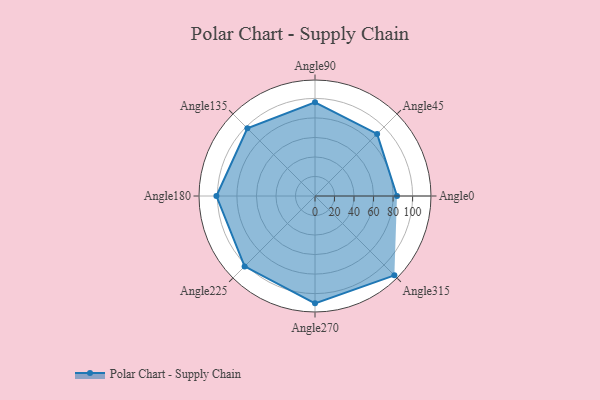
{"axis": {"x": "Angle", "y": "Radius"}, "legend": [""], "data": [{"x": "Angle0", "y": 84.0, "type": ""}, {"x": "Angle45", "y": 90.0, "type": ""}, {"x": "Angle90", "y": 96.0, "type": ""}, {"x": "Angle135", "y": 98.0, "type": ""}, {"x": "Angle180", "y": 101.0, "type": ""}, {"x": "Angle225", "y": 102.0, "type": ""}, {"x": "Angle270", "y": 110.0, "type": ""}, {"x": "Angle315", "y": 115.0, "type": ""}]}